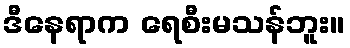
ဒီနေရာက ရေစီးမသန်ဘူး။